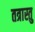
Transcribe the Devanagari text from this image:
तत्रास्तु